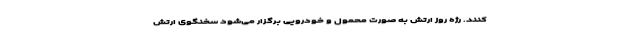
کنند. رژه روز ارتش به صورت محمول و خودرویی برگزار می‌شود سخنگوی ارتش